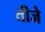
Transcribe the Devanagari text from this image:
तीजे